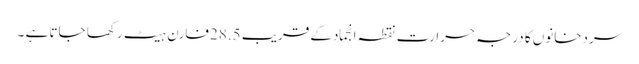
سردخانوں کا درجہ حرارت نقطہ انجمادکے قریب 28.5فارن ہیٹ رکھا جاتا ہے ۔